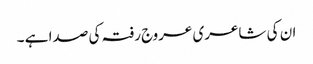
ان کی شاعری عروج رفتہ کی صدا ہے ۔